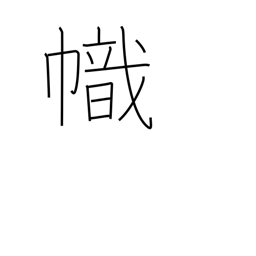
Meaning: streamer